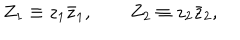
Z _ { 1 } \equiv z _ { 1 } \bar { z } _ { 1 } , \qquad Z _ { 2 } \equiv z _ { 2 } \bar { z } _ { 2 } ,